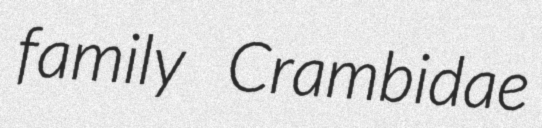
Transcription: family Crambidae